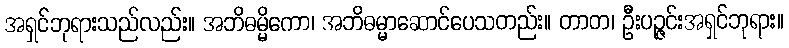
အရှင်ဘုရားသည်လည်း။ အဘိဓမ္မိကော၊ အဘိဓမ္မာဆောင်ပေသတည်း။ တာတ၊ ဦးပဉ္ဇင်းအရှင်ဘုရား။